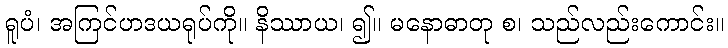
ရူပံ၊ အကြင်ဟဒယရုပ်ကို။ နိဿာယ၊ ၍။ မနောဓာတု စ၊ သည်လည်းကောင်း။